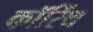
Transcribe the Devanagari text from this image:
कॉरिंथ